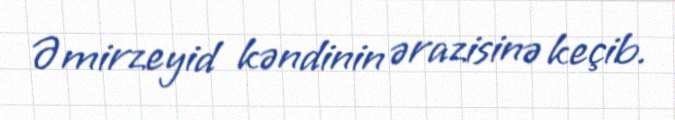
Əmirzeyid kəndinin ərazisinə keçib.